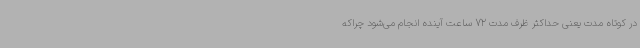
در کوتاه مدت یعنی حداکثر ظرف مدت 72 ساعت آینده انجام می‌شود چراکه